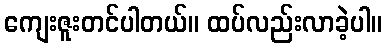
ကျေးဇူးတင်ပါတယ်။ ထပ်လည်းလာခဲ့ပါ။